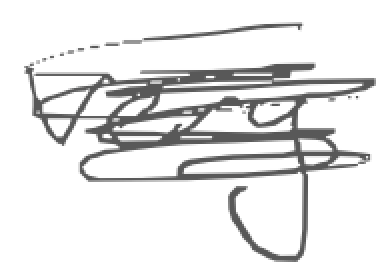
Text: very
Cross-out: scratch
Writing tool: digital_gray